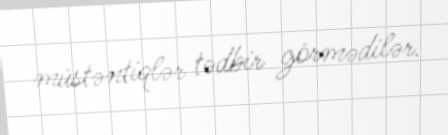
müstəntiqlər tədbir görmədilər.